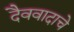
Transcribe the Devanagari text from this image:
दैववादाचे